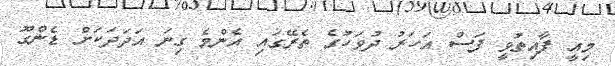
މިއީ ފާއިތުވީ ފަސް އަހަރު ދުވަހުގެ ތެރޭގައި އެންމެ ގިނަ އަދަދަކަށް ޑެންގޫ